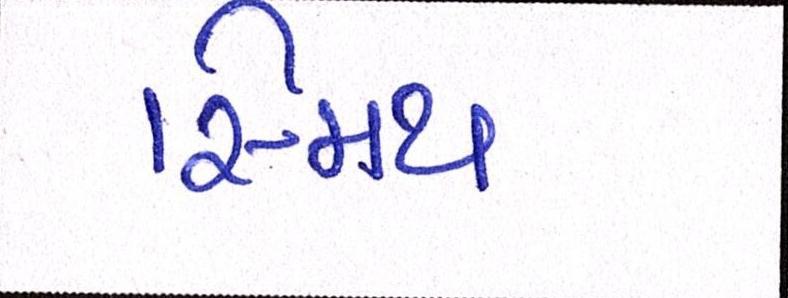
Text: સ્મિથ